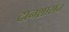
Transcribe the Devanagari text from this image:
दानशासन